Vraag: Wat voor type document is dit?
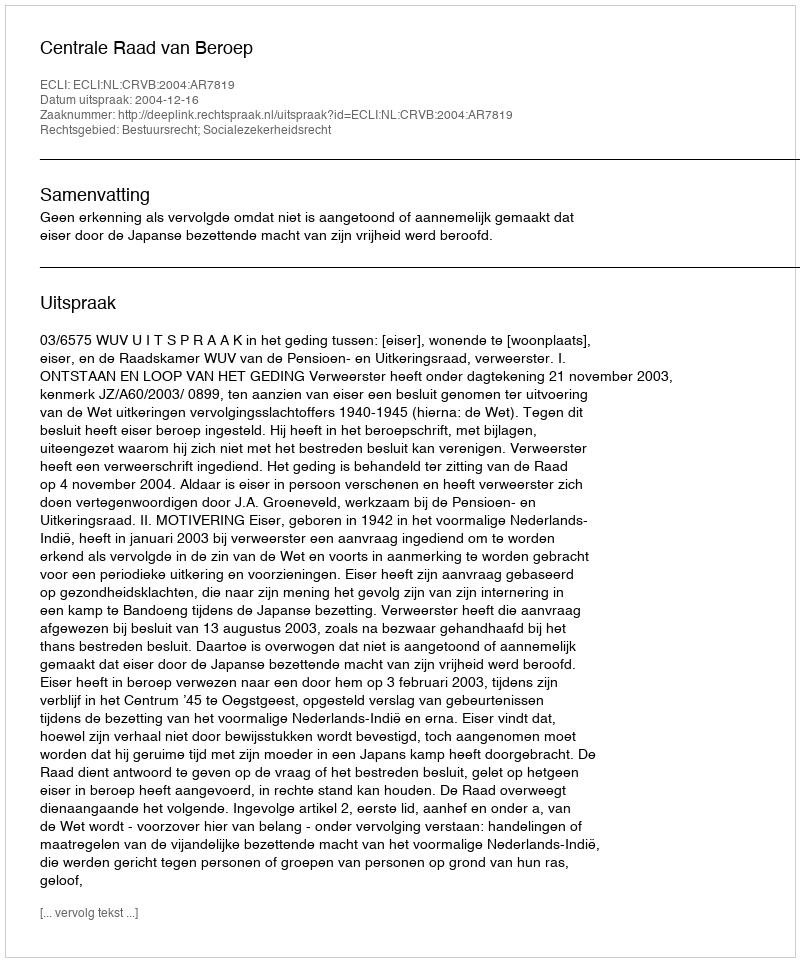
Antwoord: Uitspraak